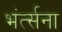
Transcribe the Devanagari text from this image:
भंर्त्सना